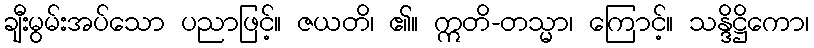
ချီးမွမ်းအပ်သော ပညာဖြင့်။ ဇယတိ၊ ၏။ ဣတိ-တသ္မာ၊ ကြောင့်။ သန္ဒိဋ္ဌိကော၊